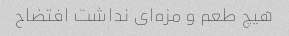
هیچ طعم و مزه‌ای نداشت افتضاح